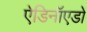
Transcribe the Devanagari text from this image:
ऐडिनॉएडों